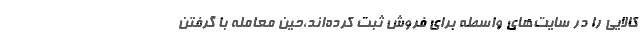
کالایی را در سایت‌های واسطه برای فروش ثبت کرده‌اند،حین معامله با گرفتن